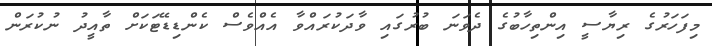
މިފަހަރުގެ ރިޔާސީ އިންތިހާބުގެ ދެވަނަ ބުރުގައި ވާދަކުރައްވާ އެއްވެސް ކެންޑިޑޭޓަކަށް ތާއީދު ނުކުރަން